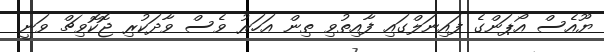
ޔޫއެސް އޯޕަންގެ ފައިނަލްގައި ފާއިތުވި ތިން އަހަރު ވެސް ވާދަކުރި ޖޮކޮވިޗް ވަނީ